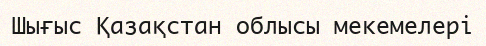
Шығыс Қазақстан облысы мекемелері